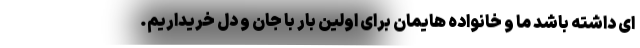
ای داشته باشد ما و خانواده هایمان برای اولین بار با جان و دل خریداریم.